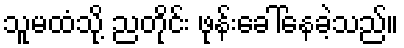
သူမထံသို့ ညတိုင်း ဖုန်းခေါ်နေခဲ့သည်။